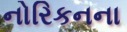
નોરિકનના